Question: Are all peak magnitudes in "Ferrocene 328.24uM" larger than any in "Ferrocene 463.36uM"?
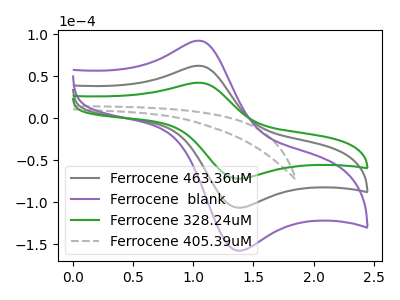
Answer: <think>The gray curve "Ferrocene 463.36uM" has an anodic peak at (1.05V, 62.25uA) and a cathodic peak at (1.35V, -106.65uA). The purple curve "Ferrocene  blank" has an anodic peak at (1.05V, 124.50uA) and a cathodic peak at (1.35V, -213.30uA). The green curve "Ferrocene 328.24uM" has an anodic peak at (1.05V, 42.05uA) and a cathodic peak at (1.35V, -72.05uA). The gray dashed curve "Ferrocene 405.39uM" has no peaks.</think>
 <answer>Every peak in "Ferrocene 328.24uM" is lower than every peak in "Ferrocene 463.36uM".</answer>
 <eval>lower</eval>